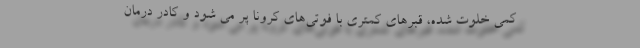
کمی خلوت شده، قبرهای کمتری با فوتی‌های کرونا پُر می شود و کادر درمان